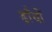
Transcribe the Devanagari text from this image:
ढ़ाँचों